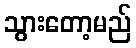
သွားတော့မည်